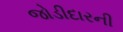
જોડીદારની